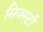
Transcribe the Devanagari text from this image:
सिक्स्टी